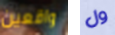
واقعين ول